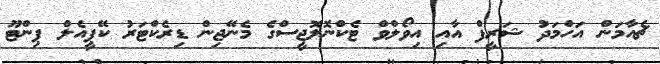
ޗެއާމަން އަހްމަދު ޝަރީފް އާއި އިވޯލްވް ޓެކްނޮލޮޖީސްގެ މެނޭޖިން ޑިރެކްޓަރު ކޭޕީއެލް ޕިންޓޫ